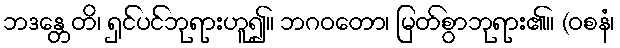
ဘဒန္တေတိ၊ ရှင်ပင်ဘုရားဟူ၍။ ဘဂဝတော၊ မြတ်စွာဘုရား၏။ (ဝစနံ၊